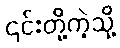
၎င်းတို့ကဲ့သို့